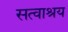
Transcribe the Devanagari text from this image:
सत्वाश्रय